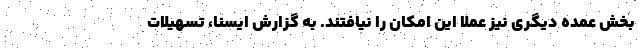
بخش عمده دیگری نیز عملا این امکان را نیافتند. به گزارش ایسنا، تسهیلات